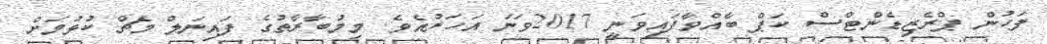
ފަހުން ޕްރެޒިޑެންޓްސް ކަޕް ބާއްވާފައިވަނީ 2017ވަނަ އަހަރުއެވެ. މިމުބާރާތުގެ ފައިނަލް މެޗް ކުޅުމަށް